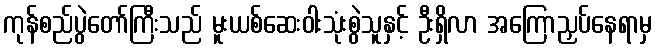
ကုန်စည်ပွဲတော်ကြီးသည် မူးယစ်ဆေးဝါးသုံးစွဲသူနှင့် ဦးရှိလာ အကြောညှပ်နေရာမှ